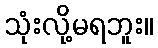
သုံးလို့မရဘူး။